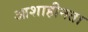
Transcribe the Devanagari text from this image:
आशाहीनता